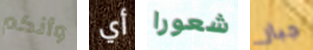
وأنكم أي شعورا جبار